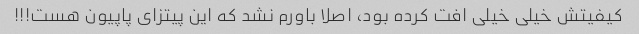
کیفیتش خیلی خیلی افت کرده بود، اصلا باورم نشد که این پیتزای پاپیون هست!!!